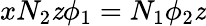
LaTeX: xN_{2}\mathit{z}\phi_{1}=N_{1}\phi_{2}\mathit{z}